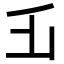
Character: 𠂜